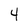
Character: 4